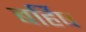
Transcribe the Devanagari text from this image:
बर्हिष